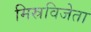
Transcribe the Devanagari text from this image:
मिस्रविजेता